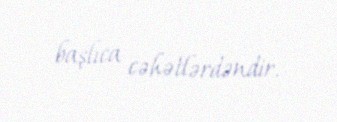
başlıca cəhətlərdəndir.